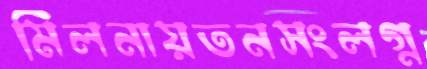
মিলনায়তনসংলগ্ন